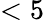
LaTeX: <5